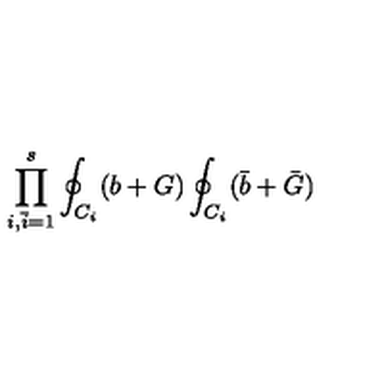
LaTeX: \prod _ { i , { \bar { i } } = 1 } ^ { s } \oint _ { C _ { i } } ( b + G ) \oint _ { C _ { i } } ( { \bar { b } } + { \bar { G } } )